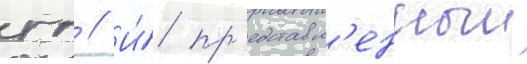
гг // И́ пр'едставл'енныи